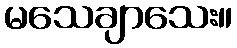
မသေချာသေး။